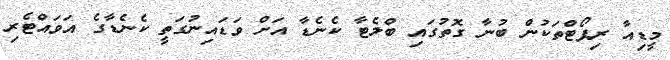
މީޑިއާ ރިޕޯޓްތަކުން ބުނާ ގޮތުގައި ބްލެޓާ ކެނެޑާ އަށް ވަޑައިނުގަތީ ކެނެޑާގެ އަވައްޓެރި